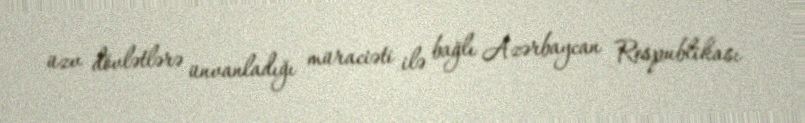
üzv dövlətlərə ünvanladığı müraciəti ilə bağlı Azərbaycan Respublikası